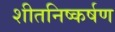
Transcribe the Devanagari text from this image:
शीतनिष्कर्षण